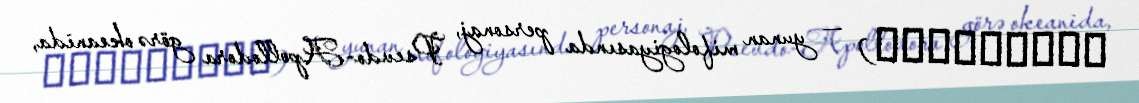
Ἀμφιτρίτη) — yunan mifologiyasında personaj, Psevdo-Apollodora görə okeanida,